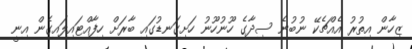
ޒިހާން އިތުރު އެއްޗެކޭ ނުބުނެ ސިދާގެ ހޫނުހޫނު ހަށިގަނޑުގައި ބާރަށް ހިފާއްޓައިލައިގެން އިނީ